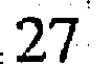
27